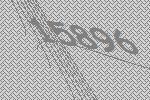
15896